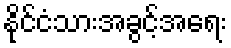
နိုင်ငံသားအခွင့်အရေး